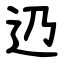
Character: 辸